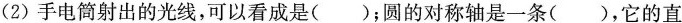
(2) 手电筒射出的光线，可以看成是（）；圆的对称轴是一条（），它的直